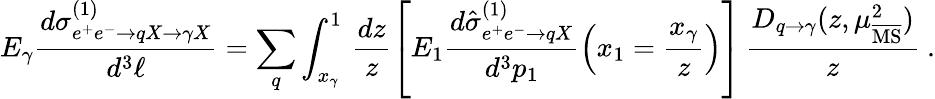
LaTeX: E_{\gamma}\frac{d\sigma_{e^{+}e^{-}\rightarrow qX\rightarrow\gamma X}^{(1)}}{d^{3}\ell}=\sum_{q}\int_{x_{\gamma}}^{1}\, \frac{dz}{z}\left[E_{1}\frac{d\hat{\sigma}_{e^{+}e^{-}\rightarrow qX}^{(1)}}{d^{3}p_{1}}\left(x_{1}=\frac{x_{\gamma}}{z}\right)\right]\, \frac{D_{q\rightarrow\gamma}(z,\mu_{\overline{{\mathrm{MS}}}}^{2})}{z}\ .